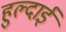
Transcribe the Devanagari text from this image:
हुल्दाई